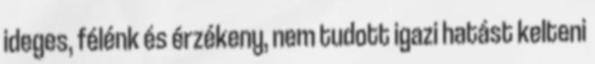
ideges, félénk és érzékeny, nem tudott igazi hatást kelteni